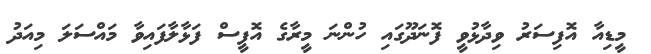
މީޑިއާ އޮފިސަރު ވިދާޅުވީ ފޮނަދޫގައި ހުންނަ މީރާގެ އޮފީސް ފަޅާލާފައިވާ މައްސަލަ މިއަދު